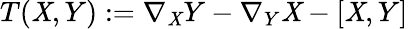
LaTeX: T(\mathit{X},Y):=\nabla_{\mathit{X}}Y-\nabla_{Y}\mathit{X}-[\mathit{X},Y]